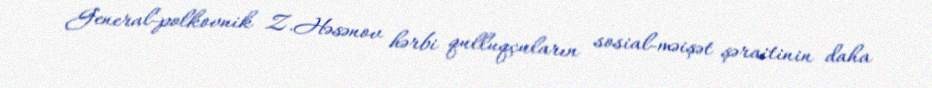
General-polkovnik Z.Həsənov hərbi qulluqçuların sosial-məişət şəraitinin daha